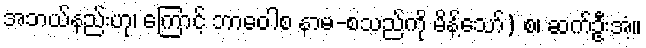
အဘယ်နည်းဟု၊ ကြောင့် ဘာဝေါစ နာမ-စသည်ကို မိန့်သော်) စ၊ ဆက်ဦးအံ့။